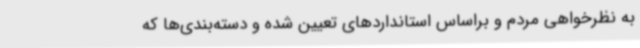
به نظرخواهی مردم و براساس استانداردهای تعیین شده و دسته‌بندی‌ها که